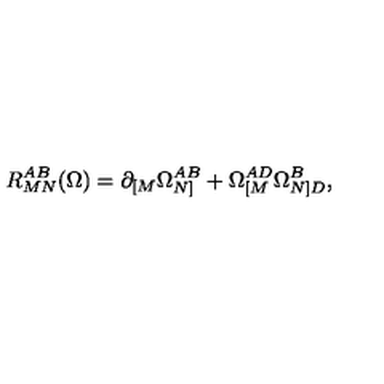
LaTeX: R _ { M N } ^ { A B } ( \Omega ) = \partial _ { [ M } \Omega _ { N ] } ^ { A B } + \Omega _ { [ M } ^ { A D } \Omega _ { N ] D } ^ { B } ,